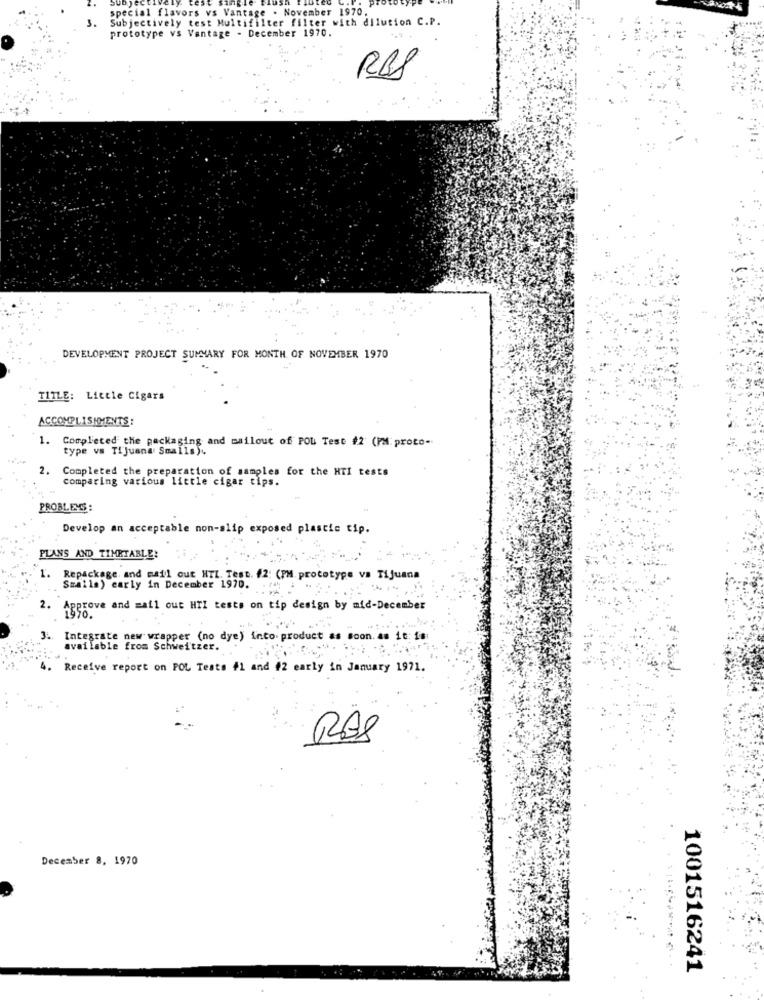
vors vs Vantage . November 1970.
abjec
y test Multifilter filter with dilution C.P.
prototype vs Vantage - December 1970.
RBS
DEVELOPMENT PROJECT SUMMARY FOR MONTH OF NOVEMBER 1970
TITLE: Little Cigars
ACCOMPLISHMENTS:
1. Completed the packaging and mailout of POU Test #2 (PM: proto-
type va Tijuana Smalls).
2. Completed the preparation of samples for the HTI tests
comparing various little cigar tips.
PROBLEMS :
Develop an acceptable non-slip exposed plastic tip.
PLANS AND TIMETABLE:
1. Repackage, and mail out HTL. Test. #2: (PM prototype va Tijuana
Smaila) early in December 1970.
2. Approve and mail out HTI tests on tip design by mid-December
3 ..
Integrate new wrapper (no dye) into. product as soon. as it: is
available from Schweitzer.
Receive report on POL Tests #1 and #2 early in January 1971.
RAS
December 8, 1970
1001516241